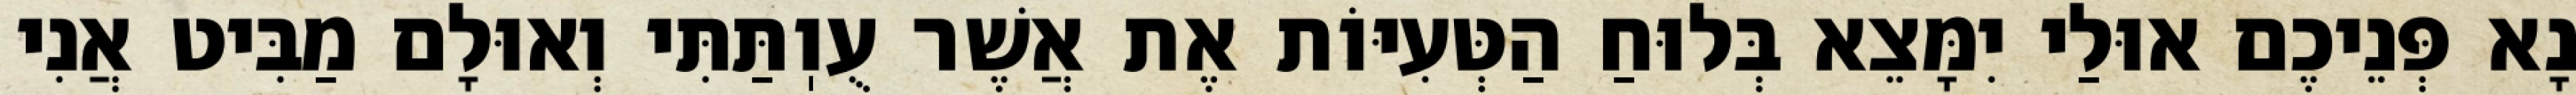
נָא פְּנֵיכֶם אוּלַי יִמָּצֵא בְּלוּחַ הַטְּעִיּוֹת אֶת אֲשֶׁר עֻוֽתַּתִּי וְאוּלָם מַבִּיט אֲנִי